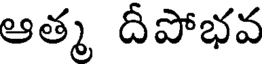
ఆత్మ దీపోభవ